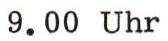
9.00 Uhr